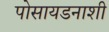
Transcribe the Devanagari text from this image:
पोसायडनाशी